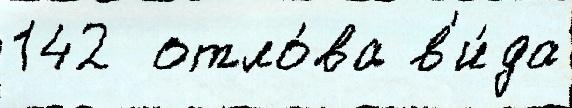
142  отло́ва в'и́да